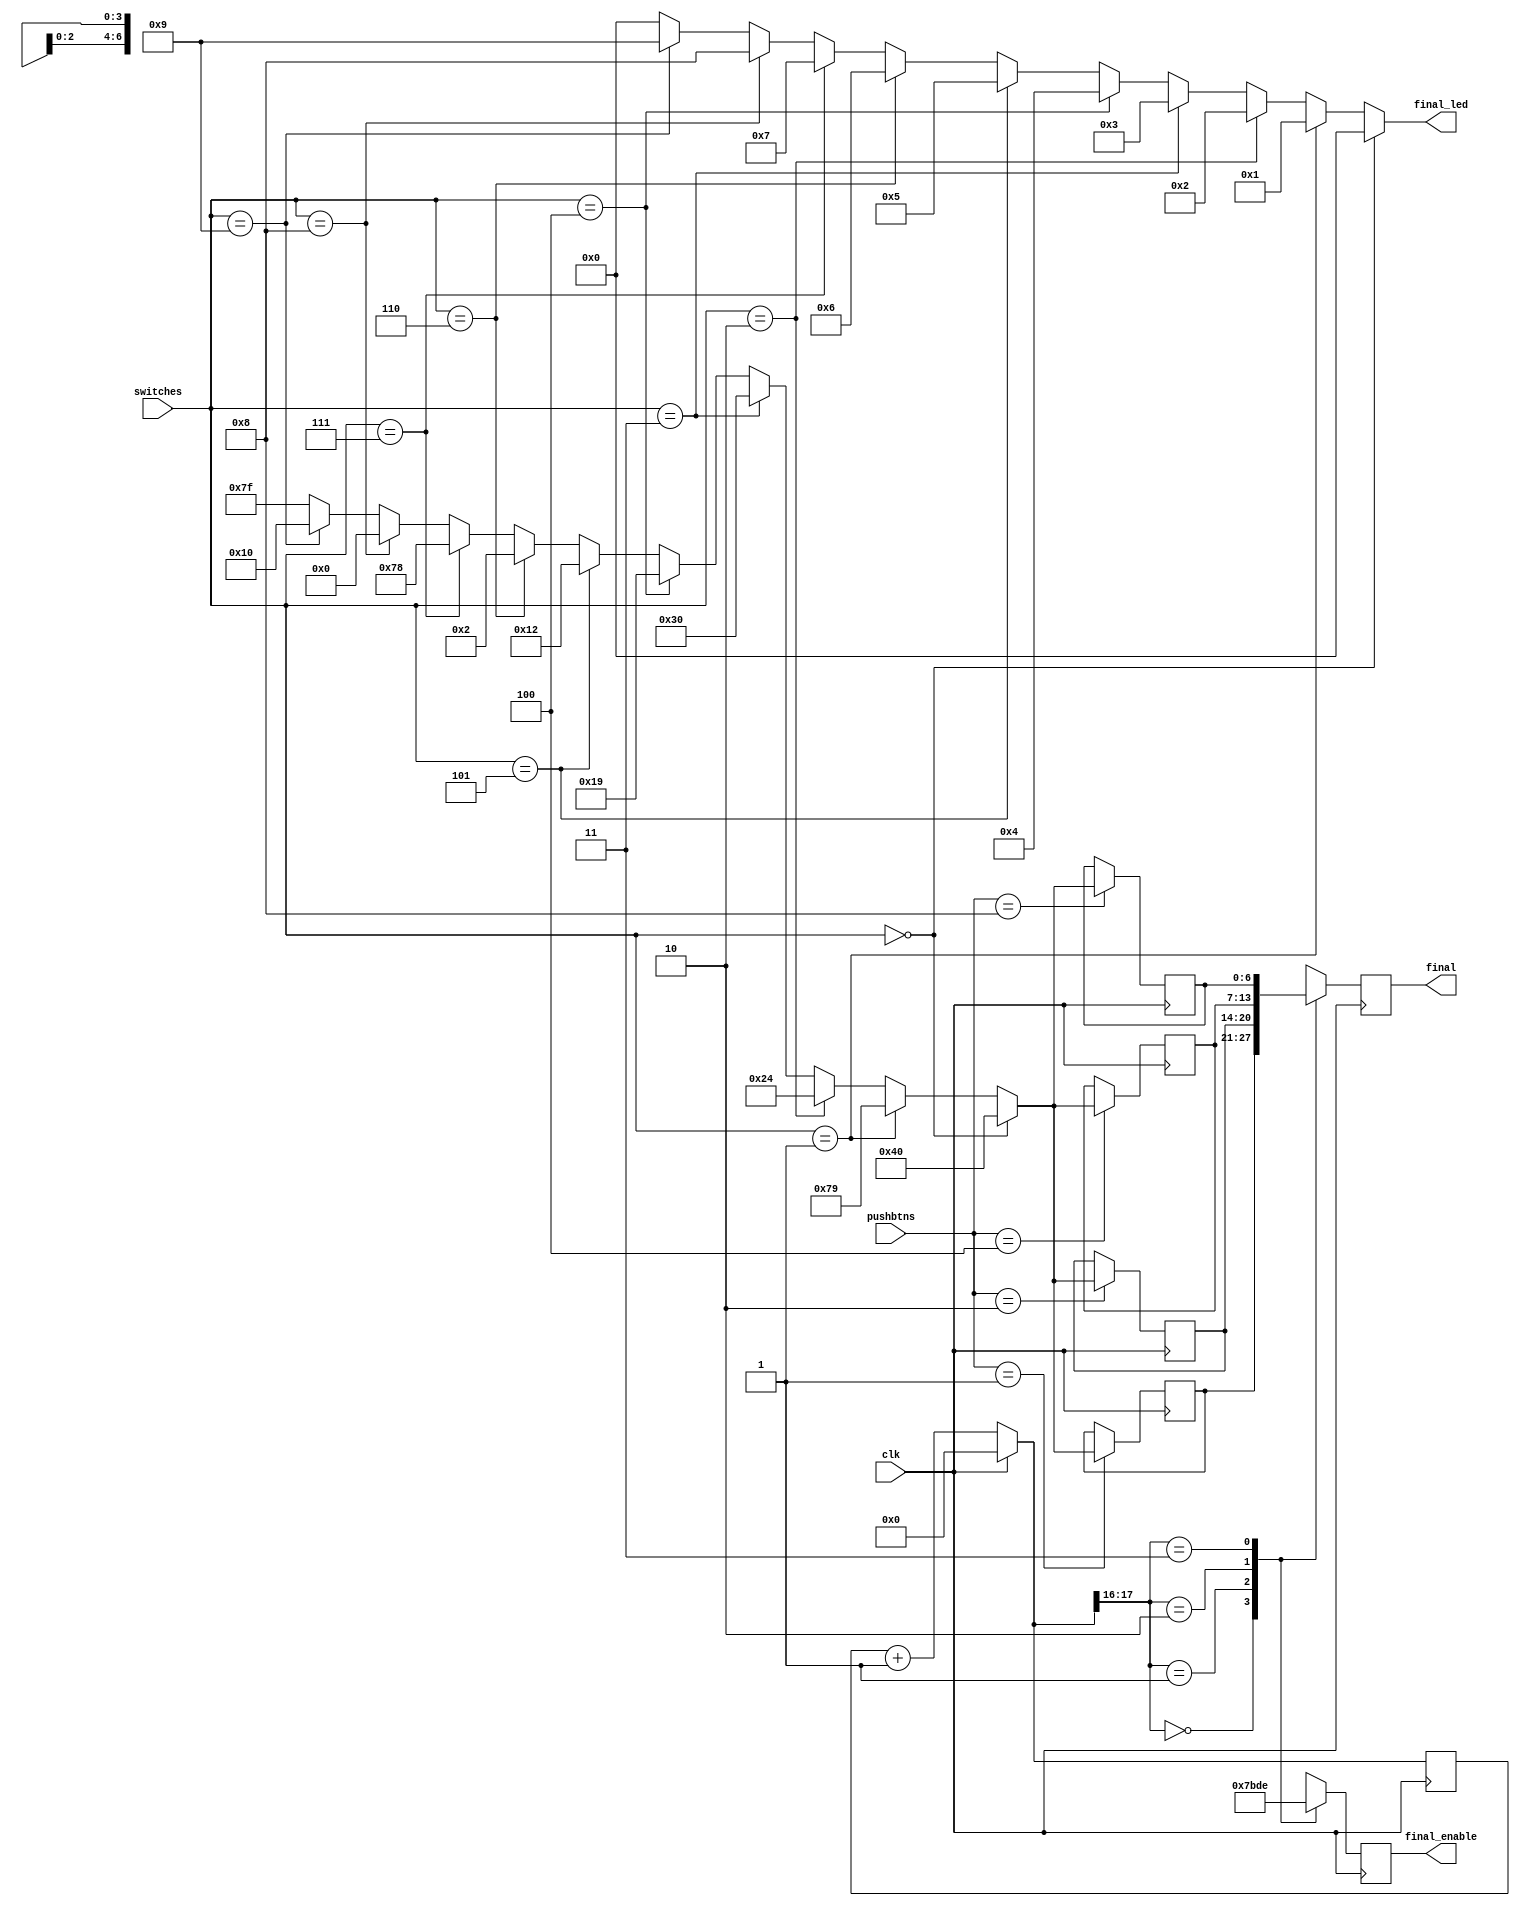
`timescale 1ns / 1ps
//////////////////////////////////////////////////////////////////////////////////
// Company: University at Buffalo
// 
// Design Name:    CSE 590 Proj 1
// Module Name:    pa1 
// Project Name:   SSD
// Target Devices: 
// Tool versions: 
// Description: 
//
// Dependencies: 
//
// Revision: 
// Revision 0.01 - File Created
// Additional Comments: 
//
//////////////////////////////////////////////////////////////////////////////////

module proj(
input [3:0] switches,
input [3:0] pushbtns,
input clk,
output [3:0] final_led,
output [6:0] final,
output [3:0] final_enable
);
 
 reg [17:0] counter;
 reg [3:0] temp_led; 
 reg [3:0] temp_enable = 4'b1111;
 reg [6:0] temp_ssd=7'b1111111;
 reg [6:0] ssd_1=7'b1111111;
 reg [6:0] ssd_2=7'b1111111;
 reg [6:0] ssd_3=7'b1111111;
 reg [6:0] ssd_4=7'b1111111;
 reg [6:0] final_ssd=7'b1111111;

always @ (switches) begin
	if(switches==4'b0000) 
		begin
			temp_led = 'h0; 
			temp_ssd = 7'b1000000; 
		end
	else if(switches==4'b0001)
		begin
			temp_led = 'h1; 
			temp_ssd = 7'b1111001; 
		end
	else if(switches==4'b0010)
		begin 
			temp_led = 'h2; 
			temp_ssd = 7'b0100100; 
		end
	else if(switches==4'b0011)
		begin 
		 	temp_led = 'h3; 
		 	temp_ssd = 7'b0110000; 
		end
	else if(switches==4'b0100)
		begin 
			temp_led = 'h4; 
		 	temp_ssd = 7'b0011001; 
		end
	else if(switches==4'b0101)
		begin 
			temp_led = 'h5; 
			temp_ssd = 7'b0010010; 
		end
	else if(switches==4'b0110)
		begin 
			temp_led = 'h6; 
			temp_ssd = 7'b0000010; 
		end
	else if(switches== 4'b0111)
		begin 
			temp_led = 'h7; 
			temp_ssd = 7'b1111000; 
		end
	else if(switches== 4'b1000)
		begin 
			temp_led = 'h8; 
			temp_ssd = 7'b0000000; 
		end
	else if(switches== 4'b1001)
		begin 
 			temp_led = 'h9; 
 			temp_ssd = 7'b0010000; 
		end
	else
		begin
			temp_led = 4'b0000; 
		 	temp_ssd = 7'b1111111;
		end
end 
 
always @ (posedge clk) begin

	if (clk)   
		counter = 0;  
	else   
		counter = counter + 1;
		
	case(counter[17:16])   
		2'b00: begin
     		final_ssd = ssd_1;
     		temp_enable = 4'b0111;
    	end    
   
		2'b01: begin
     		final_ssd = ssd_2;
     		temp_enable = 4'b1011;
    	end    
   
		2'b10: begin
     		final_ssd = ssd_3;
     		temp_enable = 4'b1101;
    	end     
   
		2'b11: begin
     		final_ssd = ssd_4;
     		temp_enable = 4'b1110;
    	end 
	endcase
	
	case(pushbtns)
		4'b0001: ssd_1 = temp_ssd;
		4'b0010: ssd_2 = temp_ssd;
		4'b0100: ssd_3 = temp_ssd;
		4'b1000: ssd_4 = temp_ssd;
	endcase	
	
end

assign final_led = temp_led;
assign final= final_ssd;
assign final_enable = temp_enable;

endmodule